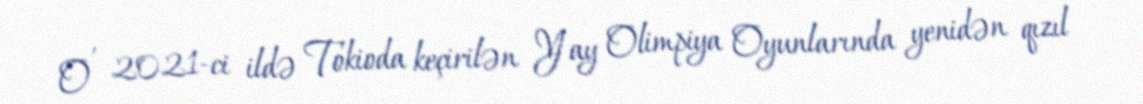
O , 2021-ci ildə Tokioda keçirilən Yay Olimpiya Oyunlarında yenidən qızıl